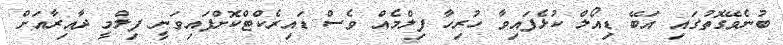
ބުނެވޭގޮތުގައި އަބޭ ޑިއޯލް ކުޅެފައިވާ ހުރިހާ ފިލްމެއް ވެސް ޑައިރެކްޓްކޮށްފައިވަނީ ފިލްމީ ދާއިރާއަށް